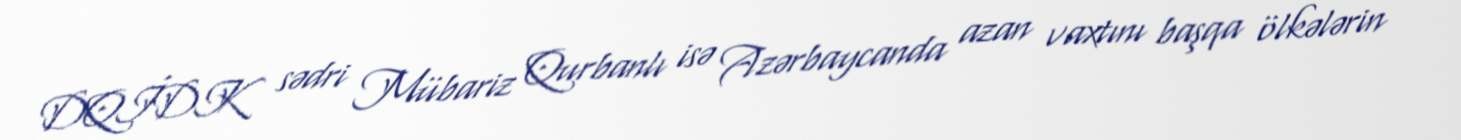
DQİDK sədri Mübariz Qurbanlı isə Azərbaycanda azan vaxtını başqa ölkələrin